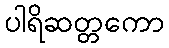
ပါရိဆတ္တကော